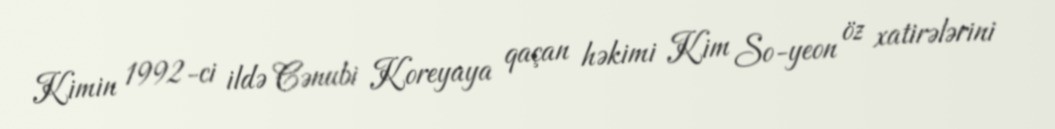
Kimin 1992-ci ildə Cənubi Koreyaya qaçan həkimi Kim So-yeon öz xatirələrini